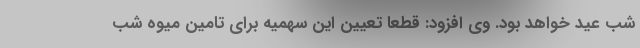
شب عید خواهد بود. وی افزود: قطعا تعیین این سهمیه برای تامین میوه شب